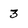
Character: 3